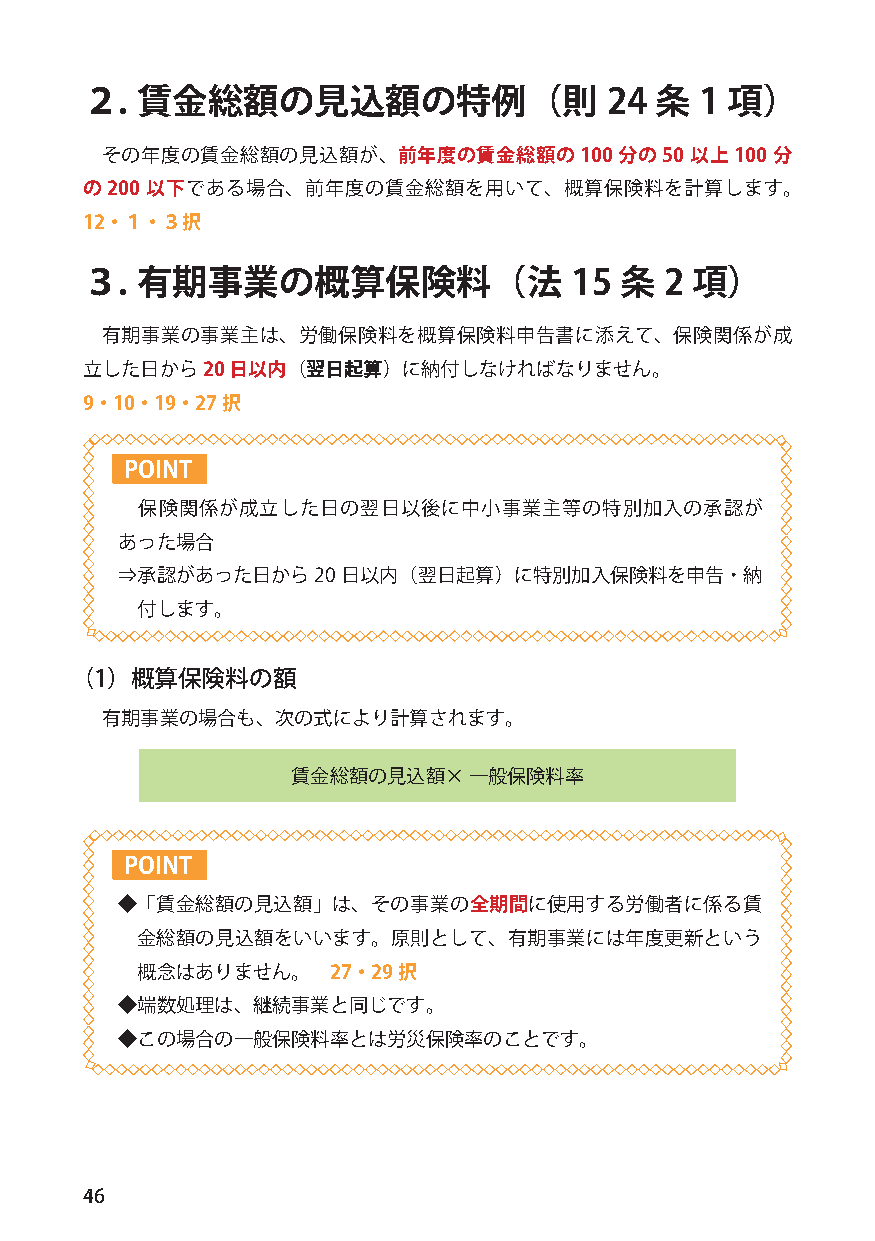
２.  賃金総額の見込額の特例（則                  24 条  1 項）
 その年度の賃金総額の見込額が、前年度の賃金総額の100分の50        以上100 分
 の200 以下である場合、前年度の賃金総額を用いて、概算保険料を計算します。
 12・１・３択
 ３.  有期事業の概算保険料（法                 15 条  2 項）
 有期事業の事業主は、労働保険料を概算保険料申告書に添えて、保険関係が成
 立した日から20  日以内（翌日起算）に納付しなければなりません。
 9・10・19・27択
 POINT
 保険関係が成立した日の翌日以後に中小事業主等の特別加入の承認が
 あった場合
 ⇒承認があった日から20   日以内（翌日起算）に特別加入保険料を申告・納
 付します。
 （1）概算保険料の額
 有期事業の場合も、次の式により計算されます。
 賃金総額の見込額×   一般保険料率
 POINT
 ◆「賃金総額の見込額」は、その事業の全期間に使用する労働者に係る賃
 金総額の見込額をいいます。原則として、有期事業には年度更新という
 概念はありません。    27・29択
 ◆端数処理は、継続事業と同じです。
 ◆この場合の一般保険料率とは労災保険率のことです。
 46